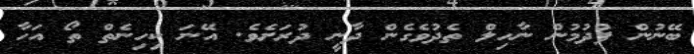
ބޭނުން ފުދުމުން ނާހިލް ތެދުވެގެން ދާނީ ދުރަށެވެ. އޭނަ ކިހިނެތް ތޯ އަހާ